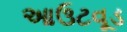
આઉટવૂડ